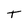
Character: T